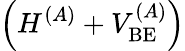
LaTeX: \left(H^{(A)}+V_{\mathrm{BE}}^{(A)}\right)